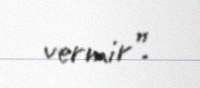
vermir”.